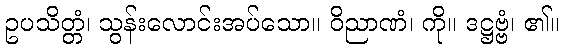
ဥပသိတ္တံ၊ သွန်းလောင်းအပ်သော။ ဝိညာဏံ၊ ကို။ ဒဋ္ဌဗ္ဗံ၊ ၏။